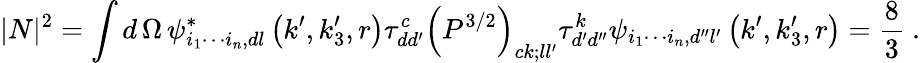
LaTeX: |N|^{2}=\int d\, \Omega\, \psi_{i_{1}\cdots i_{n},dl}^{\ast}\left(k^{\prime},k_{3}^{\prime},r\right)\tau_{dd^{\prime}}^{c}\left(P^{3/2}\right)_{ck;ll^{\prime}}\tau_{d^{\prime}d^{\prime\prime}}^{k}\psi_{i_{1}\cdots i_{n},d^{\prime\prime}l^{\prime}}\left(k^{\prime},k_{3}^{\prime},r\right)=\frac{8}{3}\ .